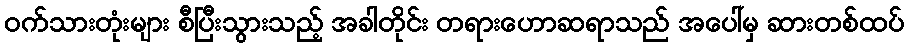
ဝက်သားတုံးများ စီပြီးသွားသည့် အခါတိုင်း တရားဟောဆရာသည် အပေါ်မှ ဆားတစ်ထပ်